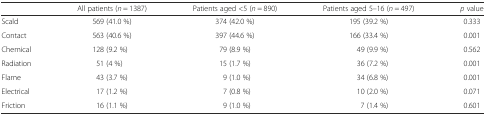
|  | All patients (n = 1387) | Patients aged <5 (n = 890) | Patients aged 5–16 (n = 497) | p value |
 | --- | --- | --- | --- | --- |
 | Scald | 569 (41.0 %) | 374 (42.0 %) | 195 (39.2 %) | 0.333 |
 | Contact | 563 (40.6 %) | 397 (44.6 %) | 166 (33.4 %) | 0.001 |
 | Chemical | 128 (9.2 %) | 79 (8.9 %) | 49 (9.9 %) | 0.562 |
 | Radiation | 51 (4 %) | 15 (1.7 %) | 36 (7.2 %) | 0.001 |
 | Flame | 43 (3.7 %) | 9 (1.0 %) | 34 (6.8 %) | 0.001 |
 | Electrical | 17 (1.2 %) | 7 (0.8 %) | 10 (2.0 %) | 0.071 |
 | Friction | 16 (1.1 %) | 9 (1.0 %) | 7 (1.4 %) | 0.601 |